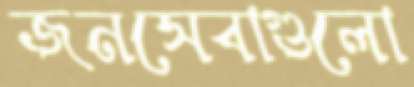
জনসেবাগুলো